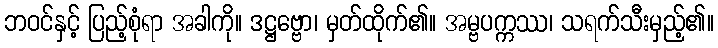
ဘဝင်နှင့် ပြည့်စုံရာ အခါကို။ ဒဋ္ဌဗ္ဗော၊ မှတ်ထိုက်၏။ အမ္ဗပက္ကဿ၊ သရက်သီးမှည့်၏။